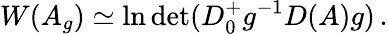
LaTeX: W(A_{g})\simeq\ln\operatorname*{det}(D_{0}^{+}g^{-1}D(A)g)\, .